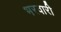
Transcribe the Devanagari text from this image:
भरवारी